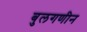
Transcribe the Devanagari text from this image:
बुलगणीन